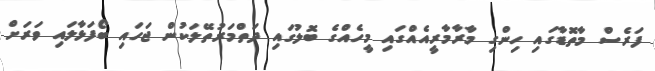
ފަރެސް މާތޮޑާގައި ހިންގި މާރާމާރީއެއްގައި މީހެއްގެ ބޮލުގައި ދަތްމަރުތޭލަކުން ޖަހައި ބޯފަޅާލައި ވަރަށް